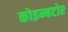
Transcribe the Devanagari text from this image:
कोइम्बटोर